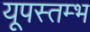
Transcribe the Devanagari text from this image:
यूपस्तम्भ